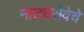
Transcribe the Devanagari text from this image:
नाट्यसेवेचे